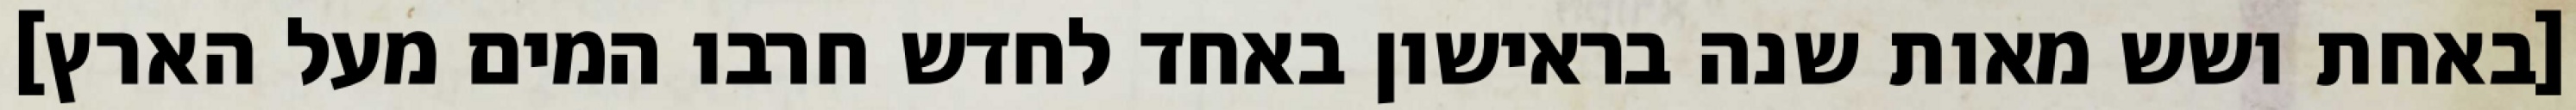
[באחת ושש מאות שנה בראישון באחד לחדש חרבו המים מעל הארץ]